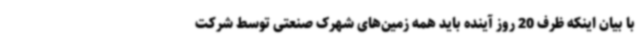
با بیان اینکه ظرف 20 روز آینده باید همه زمین‌های شهرک صنعتی توسط شرکت